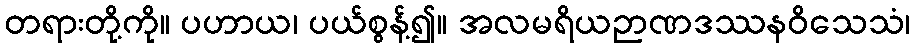
တရားတို့ကို။ ပဟာယ၊ ပယ်စွန့်၍။ အလမရိယဉာဏဒဿနဝိသေသံ၊